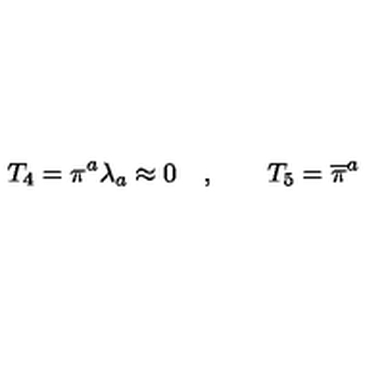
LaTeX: T _ { 4 } = \pi ^ { a } \lambda _ { a } \approx 0 \quad , \qquad T _ { 5 } = \overline { { \pi } } ^ { a }